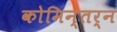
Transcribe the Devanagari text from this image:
कोमिन्तर्न